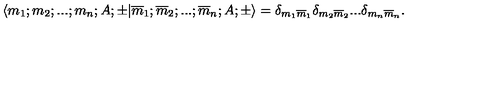
\langle m _ { 1 } ; m _ { 2 } ; . . . ; m _ { n } ; A ; \pm | \overline { { m } } _ { 1 } ; \overline { { m } } _ { 2 } ; . . . ; \overline { { m } } _ { n } ; A ; \pm \rangle = { \delta } _ { m _ { 1 } \overline { { m } } _ { 1 } } { \delta } _ { m _ { 2 } \overline { { m } } _ { 2 } } . . . { \delta } _ { m _ { n } \overline { { m } } _ { n } } .